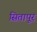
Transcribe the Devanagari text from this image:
सितापूर